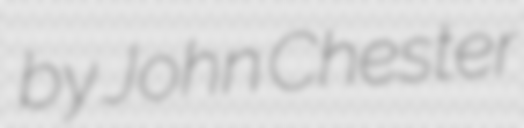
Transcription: by John Chester